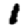
Digit: 1